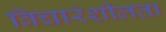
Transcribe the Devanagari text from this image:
विचारंशीलता